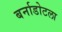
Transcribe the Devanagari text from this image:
बर्नाडोटला